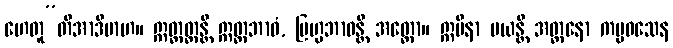
ဟေတူ”တိအာဒိမာဟ။ ဣတ္ထတ္တန္တိ ဣတ္ထဘာဝံ, ဗြဟ္မဘာဝန္တိ အတ္ထော။ ဣမိနာ မယန္တိ အတ္တနော ကမ္မဝသေန